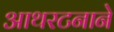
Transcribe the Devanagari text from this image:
आथरटनाने